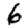
Digit: 6